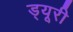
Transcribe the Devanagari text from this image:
ड्यूरी